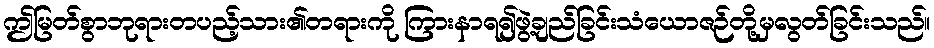
ဤမြတ်စွာဘုရားတပည့်သား၏တရားကို ကြားနာရ၍ဖွဲ့ချည်ခြင်းသံယောဇဉ်တို့မှလွတ်ခြင်းသည်။